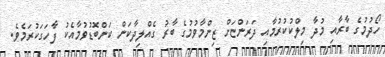
ހޯދުމުގެ ބާރާއި މުދާ މިލްކުކުރުމާއި ދަރަންޏަށް ޒިންމާވުމުގެ ބާރު ގެއްލިދާކަން ކަންބޮޑުވުމާއެކު ފާހަގަކުރަމެވެ.